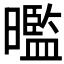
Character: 𭧿